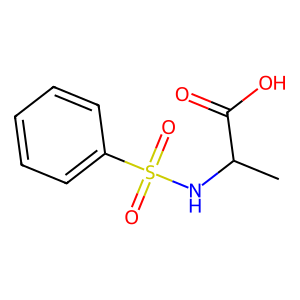
SMILES: CC(NS(=O)(=O)c1ccccc1)C(=O)O
Inhibits HIV replication: No